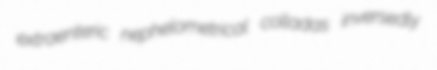
extraenteric nephelometrical colladas inversedly